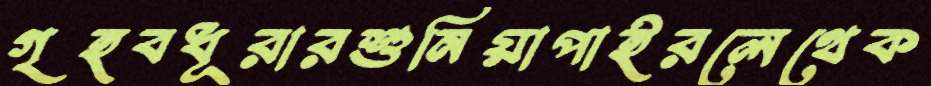
গৃহবধূরারশুনিয়াপাইরলেথেক